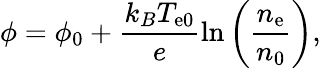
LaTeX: \phi=\phi_{0}+\frac{k_{B}T_{\mathrm{e0}}}{e}\ln{\left(\frac{n_{\mathrm{e}}}{n_{0}}\right)},